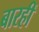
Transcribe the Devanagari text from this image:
बारहीं